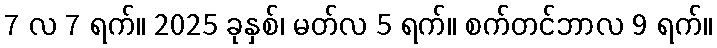
7 လ 7 ရက်။ 2025 ခုနှစ်၊ မတ်လ 5 ရက်။ စက်တင်ဘာလ 9 ရက်။